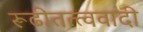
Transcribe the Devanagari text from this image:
रूढीतत्त्ववादी